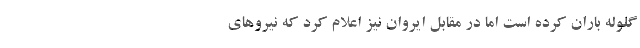
گلوله باران کرده است اما در مقابل ایروان نیز اعلام کرد که نیروهای